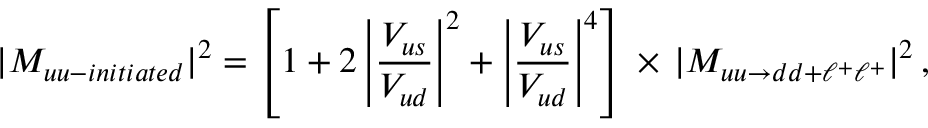
| { \cal M } _ { u u - i n i t i a t e d } | ^ { 2 } = \left[ 1 + 2 \left| \frac { V _ { u s } } { V _ { u d } } \right| ^ { 2 } + \left| \frac { V _ { u s } } { V _ { u d } } \right| ^ { 4 } \right] \, \times \, | { \cal M } _ { u u \to d d + \ell ^ { + } \ell ^ { + } } | ^ { 2 } \, ,